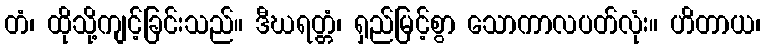
တံ၊ ထိုသို့ကျင့်ခြင်းသည်။ ဒီဃရတ္တံ၊ ရှည်မြင့်စွာ သောကာလပတ်လုံး။ ဟိတာယ၊